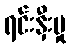
ရင်းနှီးမှု